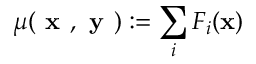
\mu ( \textbf { x } , \textbf { y } ) : = \sum _ { i } F _ { i } ( { \bf x } )